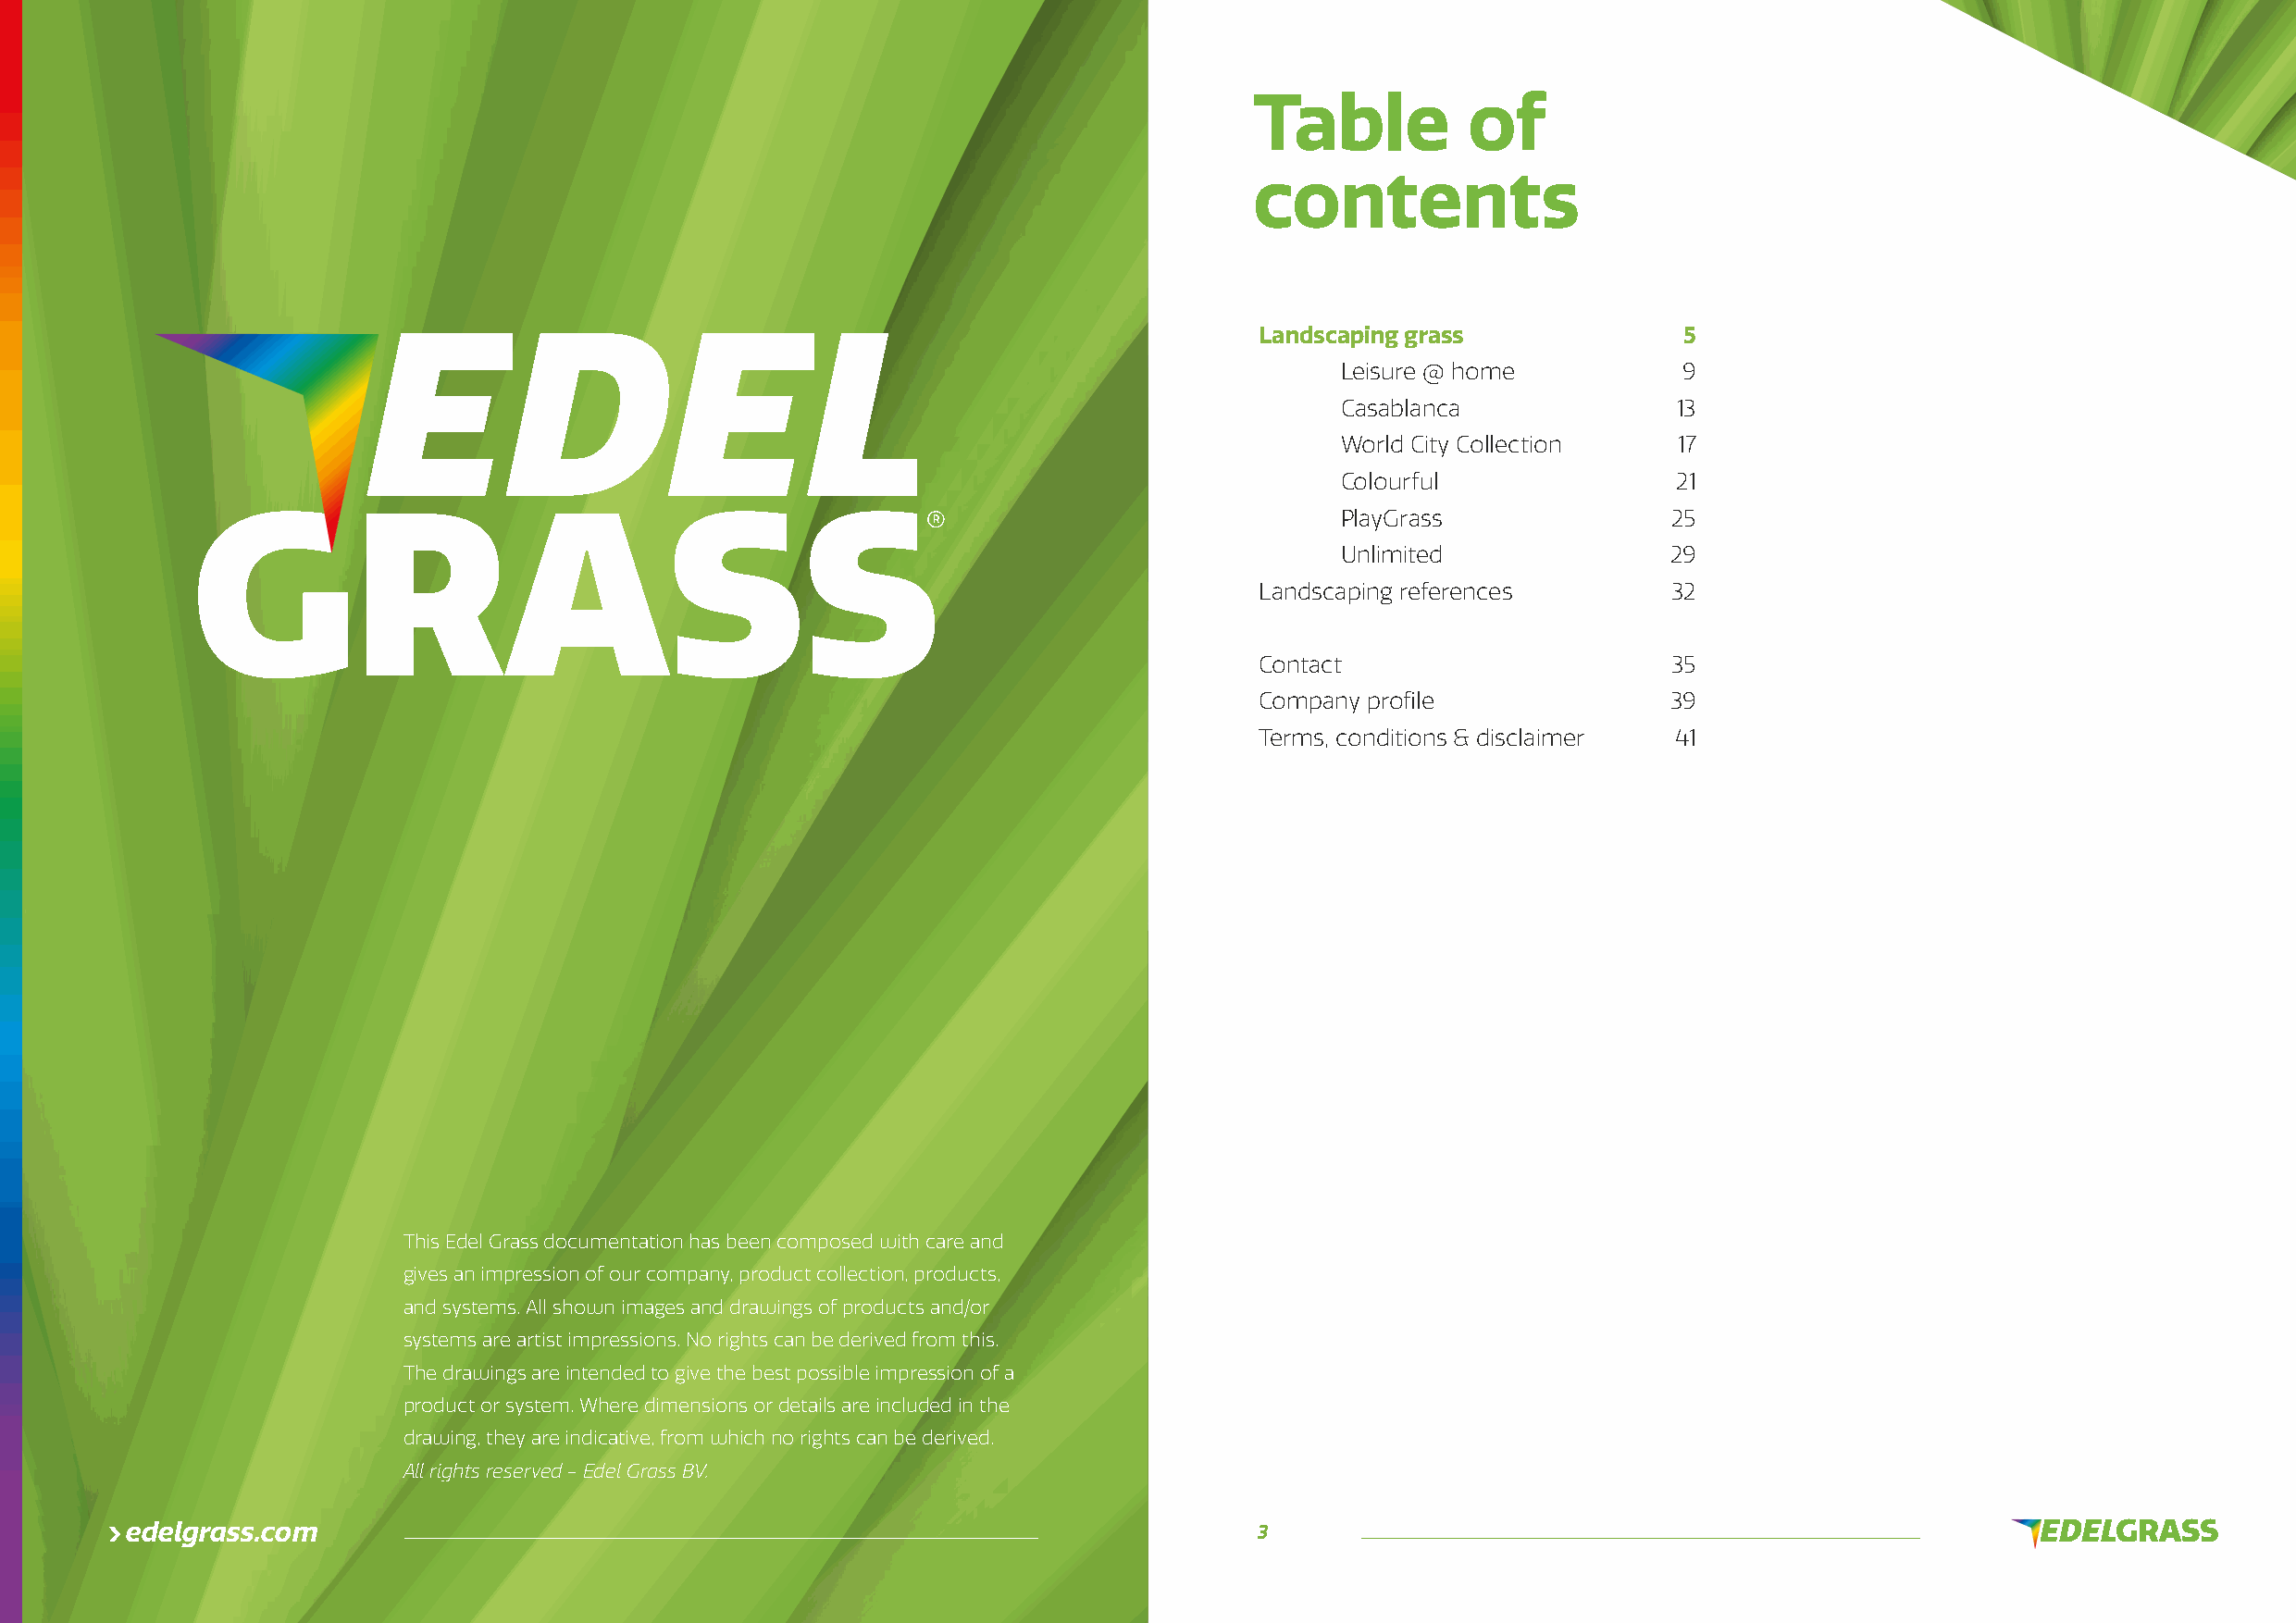
Table          of
 contents
 Landscaping grass             5
 Leisure @ home          9
 Casablanca              13
 World City Collection   17
 Colourful               21
 PlayGrass               25
 Unlimited              29
 Landscaping references        32
 Contact                       35
 Company profile              39
 Terms, conditions & disclaimer 41
 This Edel Grass documentation has been composed with care and
 gives an impression of our company, product collection, products,
 and systems. All shown images and drawings of products and/or
 systems are artist impressions. No rights can be derived from this.
 The drawings are intended to give the best possible impression of a
 product or system. Where dimensions or details are included in the
 drawing, they are indicative, from which no rights can be derived.
 All rights reserved - Edel Grass BV.
 edelgrass.com                                                                    3